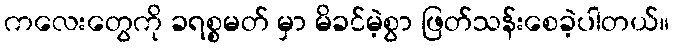
ကလေးတွေကို ခရစ္စမတ် မှာ မိခင်မဲ့စွာ ဖြတ်သန်းစေခဲ့ပါတယ်။